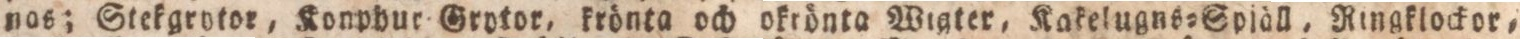
nos; Stekgrotor, Konphur Grotro, krönta och okröta Wigter, Kakelugns=Spiàll, Ringklockor,